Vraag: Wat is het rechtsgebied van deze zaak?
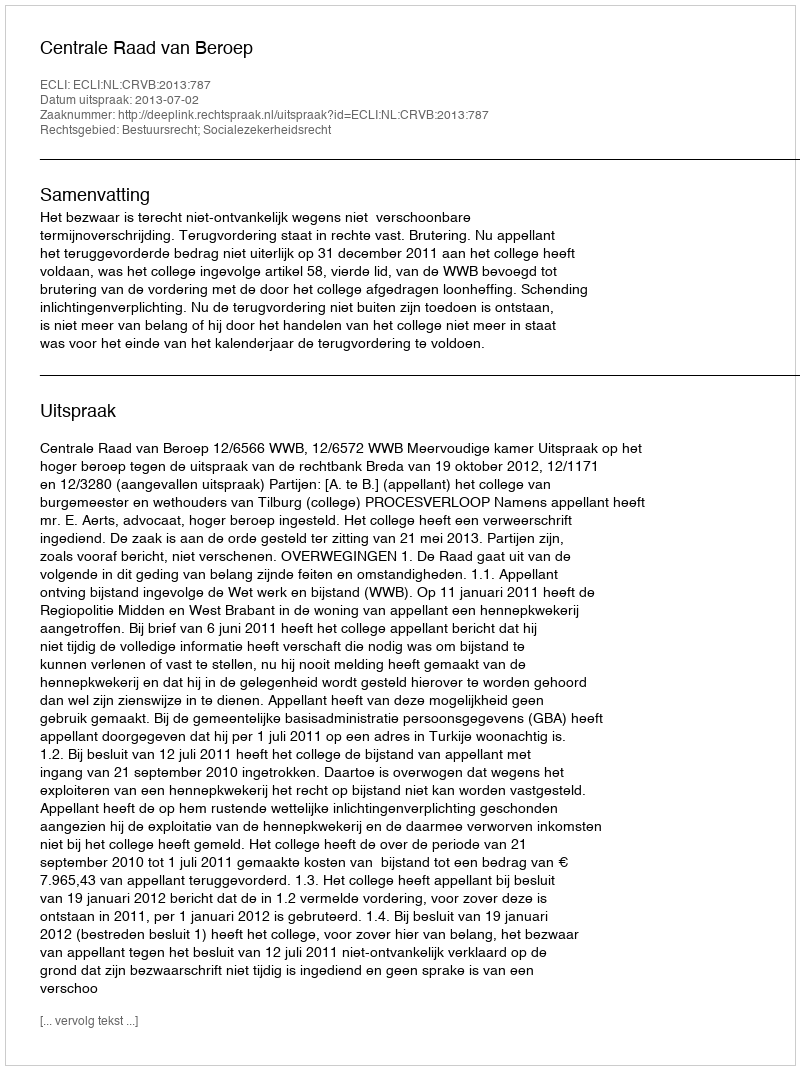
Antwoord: Bestuursrecht; Socialezekerheidsrecht